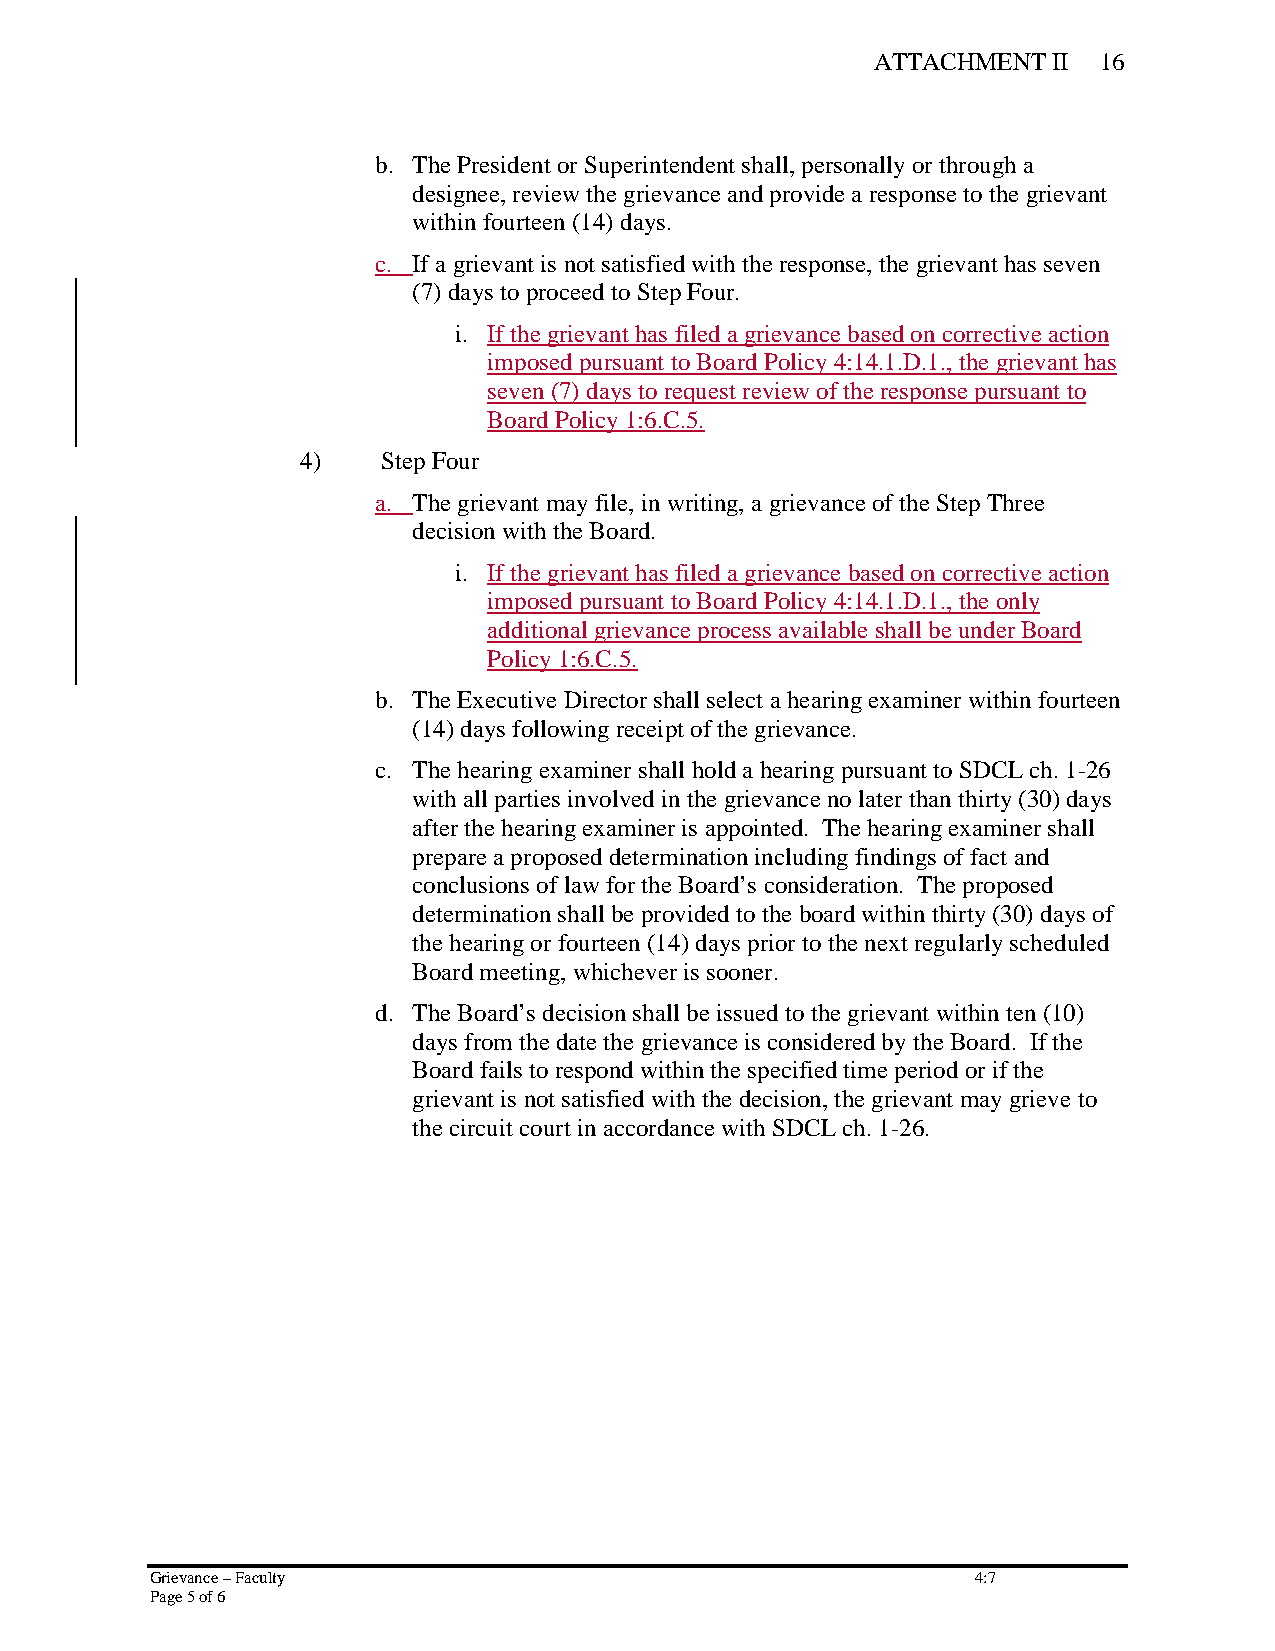
ATTACHMENT  II 16
 b. The President or Superintendent shall, personally or through a
 designee, review the grievance and provide a response to the grievant
 within fourteen (14) days.
 c. If a grievant is not satisfied with the response, the grievant has seven
 (7) days to proceed to Step Four.
 i. If the grievant has filed a grievance based on corrective action
 imposed pursuant to Board Policy 4:14.1.D.1., the grievant has
 seven (7) days to request review of the response pursuant to
 Board Policy 1:6.C.5.
 4)   Step Four
 a. The grievant may file, in writing, a grievance of the Step Three
 decision with the Board.
 i. If the grievant has filed a grievance based on corrective action
 imposed pursuant to Board Policy 4:14.1.D.1., the only
 additional grievance process available shall be under Board
 Policy 1:6.C.5.
 b. The Executive Director shall select a hearing examiner within fourteen
 (14) days following receipt of the grievance.
 c. The hearing examiner shall hold a hearing pursuant to SDCL ch. 1-26
 with all parties involved in the grievance no later than thirty (30) days
 after the hearing examiner is appointed. The hearing examiner shall
 prepare a proposed determination including findings of fact and
 conclusions of law for the Board’s consideration. The proposed
 determination shall be provided to the board within thirty (30) days of
 the hearing or fourteen (14) days prior to the next regularly scheduled
 Board meeting, whichever is sooner.
 d. The Board’s decision shall be issued to the grievant within ten (10)
 days from the date the grievance is considered by the Board. If the
 Board fails to respond within the specified time period or if the
 grievant is not satisfied with the decision, the grievant may grieve to
 the circuit court in accordance with SDCL ch. 1-26.
 Grievance – Faculty                                    4:7
 Page 5 of 6